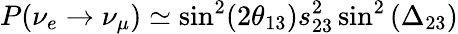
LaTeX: P(\nu_{e}\to\nu_{\mu})\simeq\sin^{2}(2\theta_{13})s_{23}^{2}\sin^{2}\left(\Delta_{23}\right)